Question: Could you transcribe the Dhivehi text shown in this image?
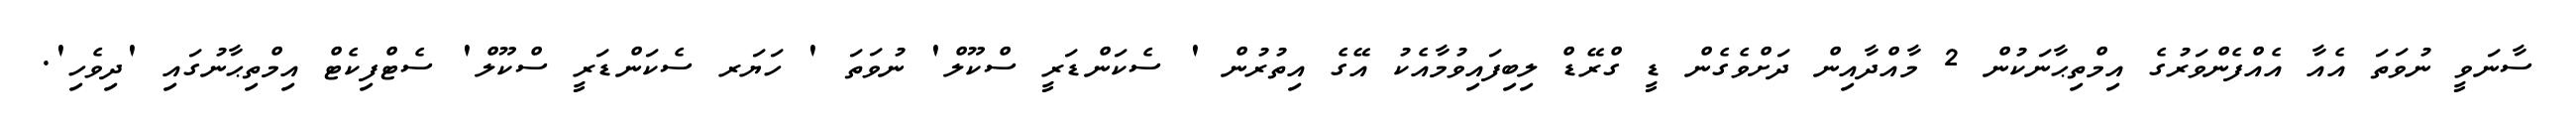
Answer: ސާނަވީ ނުވަތަ އެއާ އެއްފެންވަރުގެ އިމްތިޙާނަކުން 2 މާއްދާއިން ދަށްވެގެން ޑީ ގްރޭޑް ލިބިފައިވުމާއެކު އޭގެ އިތުރުން ' ސެކަންޑަރީ ސްކޫލް' ނުވަތަ ' ހަޔަރ ސެކަންޑަރީ ސްކޫލް' ސެޓްފިކެޓް އިމްތިޙާނުގައި 'ދިވެހި'.